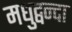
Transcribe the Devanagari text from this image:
मधुद्वन्दा